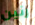
رنين